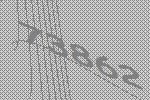
73862